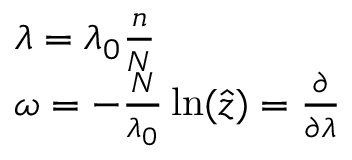
\begin{array} { l } { { \lambda = \lambda _ { 0 } \frac { n } { N } } } \\ { { \omega = - \frac { N } { \lambda _ { 0 } } \ln ( \hat { z } ) = \frac { \partial } { \partial \lambda } } } \end{array}